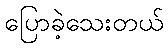
ပြောခဲ့သေးတယ်